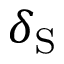
\delta _ { \mathrm { { S } } }